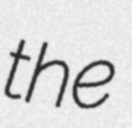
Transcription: the